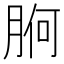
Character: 𭨸